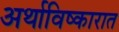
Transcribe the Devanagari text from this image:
अर्थाविष्कारात